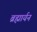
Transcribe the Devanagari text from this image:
ब्रह्मार्यन